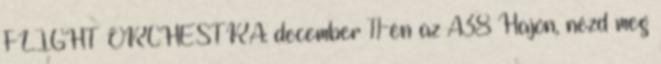
FLIGHT ORCHESTRA: december 11-én az A38 Hajón, nézd meg